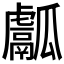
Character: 𤬝